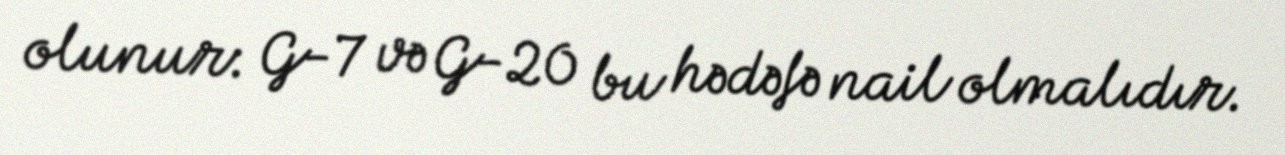
olunur: G-7 və G-20 bu hədəfə nail olmalıdır.